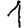
Digit: 1